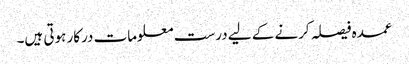
عمدہ فیصلہ کرنے کے لیے درست معلومات درکار ہوتی ہیں۔